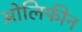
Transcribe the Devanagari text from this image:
ओलिफीन